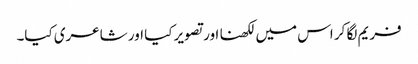
فریم لگا کر اس میں لکھنا اور تصویر کیا اور شاعری کیا۔